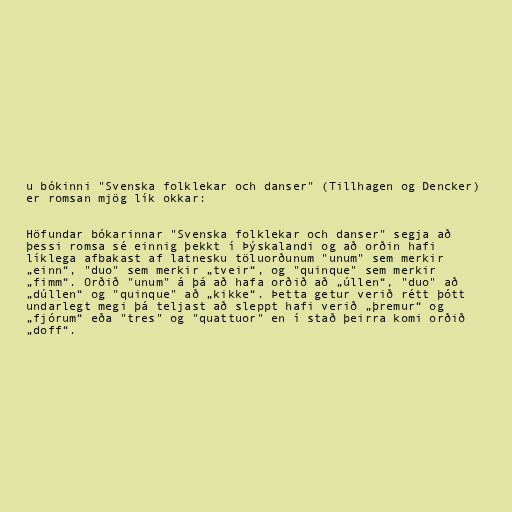
u bókinni "Svenska folklekar och danser" (Tillhagen og Dencker)
er romsan mjög lík okkar:

Höfundar bókarinnar "Svenska folklekar och danser" segja að
þessi romsa sé einnig þekkt í Þýskalandi og að orðin hafi
líklega afbakast af latnesku töluorðunum "unum" sem merkir
„einn“, "duo" sem merkir „tveir“, og "quinque" sem merkir
„fimm“. Orðið "unum" á þá að hafa orðið að „úllen“, "duo" að
„dúllen“ og "quinque" að „kikke“. Þetta getur verið rétt þótt
undarlegt megi þá teljast að sleppt hafi verið „þremur“ og
„fjórum“ eða "tres" og "quattuor" en í stað þeirra komi orðið
„doff“.